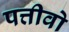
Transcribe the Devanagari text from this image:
पत्तीवो